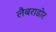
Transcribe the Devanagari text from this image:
लैबराडोर